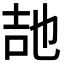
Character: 𭇠